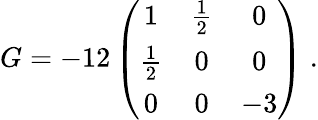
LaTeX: G=-12\left(\begin{array}{ccc}{{1}}&{{\frac{1}{2}}}&{{0}}\\ {{\frac{1}{2}}}&{{0}}&{{0}}\\ {{0}}&{{0}}&{{-3}}\end{array}\right)\; .